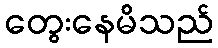
တွေးနေမိသည်